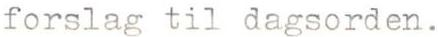
forslag til dagsorden.